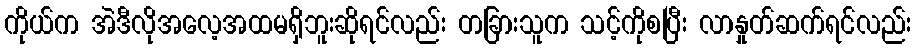
ကိုယ်က အဲဒီလိုအလေ့အထမရှိဘူးဆိုရင်လည်း တခြားသူက သင့်ကိုစပြီး လာနှုတ်ဆက်ရင်လည်း